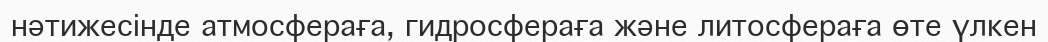
нәтижесінде атмосфераға, гидросфераға және литосфераға өте үлкен